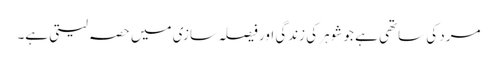
مرد کی ساتھی ہے جو شوہر کی زندگی اور فیصلہ سازی میں حصہ لیتی ہے۔